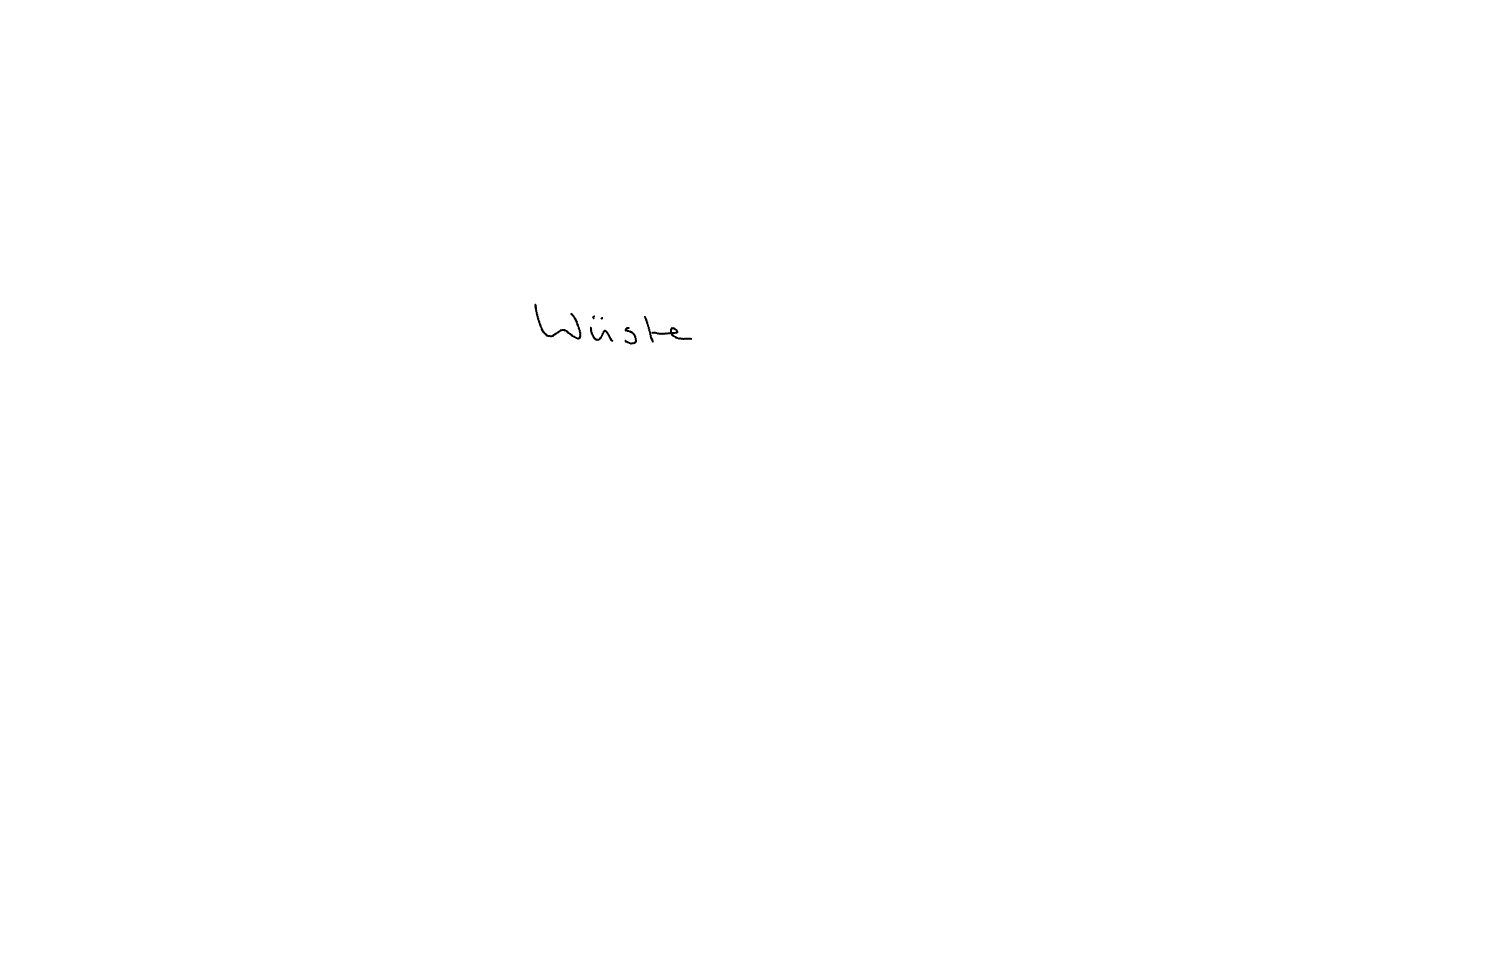
Text: Wüste